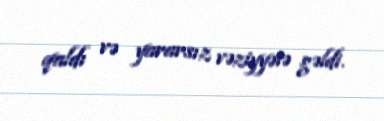
qaldı və yararsız vəziyyətə gəldi.